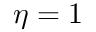
\eta = 1